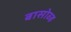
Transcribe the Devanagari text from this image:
बासोव्ह